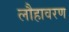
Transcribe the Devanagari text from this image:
लौहावरण